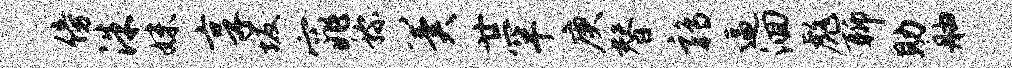
傍洙妹享坂窕称冀廿罕庚替鹑逼洄彪聊助舳